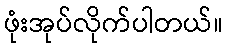
ဖုံးအုပ်လိုက်ပါတယ်။